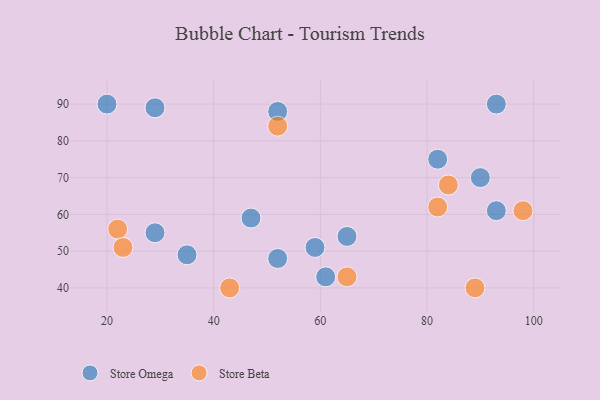
{"axis": {"x": "GDP", "y": "Life Expectancy"}, "legend": ["Store Beta", "Store Omega"], "data": [{"x": "90", "y": 70, "type": "Store Omega"}, {"x": "35", "y": 49, "type": "Store Omega"}, {"x": "47", "y": 59, "type": "Store Omega"}, {"x": "20", "y": 90, "type": "Store Omega"}, {"x": "52", "y": 88, "type": "Store Omega"}, {"x": "65", "y": 54, "type": "Store Omega"}, {"x": "29", "y": 55, "type": "Store Omega"}, {"x": "59", "y": 51, "type": "Store Omega"}, {"x": "61", "y": 43, "type": "Store Omega"}, {"x": "52", "y": 48, "type": "Store Omega"}, {"x": "93", "y": 61, "type": "Store Omega"}, {"x": "93", "y": 90, "type": "Store Omega"}, {"x": "82", "y": 75, "type": "Store Omega"}, {"x": "29", "y": 89, "type": "Store Omega"}, {"x": "65", "y": 43, "type": "Store Beta"}, {"x": "22", "y": 56, "type": "Store Beta"}, {"x": "43", "y": 40, "type": "Store Beta"}, {"x": "98", "y": 61, "type": "Store Beta"}, {"x": "89", "y": 40, "type": "Store Beta"}, {"x": "52", "y": 84, "type": "Store Beta"}, {"x": "23", "y": 51, "type": "Store Beta"}, {"x": "82", "y": 62, "type": "Store Beta"}, {"x": "84", "y": 68, "type": "Store Beta"}]}